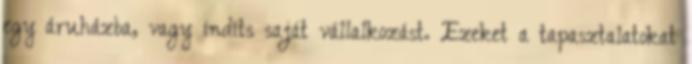
egy áruházba, vagy indíts saját vállalkozást. Ezeket a tapasztalatokat